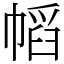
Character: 幍